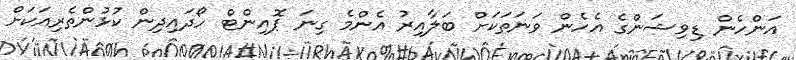
އަންހެން ޑިވިޝަންގެ އެހެން ވަނަތަކަށް ބަލާއިރު އެންމެ ގިނަ ޕޮއިންޓް ހޯދައިދިން ކުޅުންތެރިއަކަށް